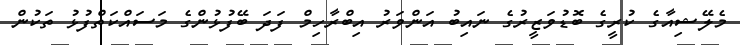
މެލޭޝިއާގެ ކުރީގެ ބޮޑުވަޒީރުގެ ނައިބު އަންވަރު އިބްރާހިމް ފަދަ ބޭފުޅުންގެ މަސައްކަތްފުޅު ތަކުން